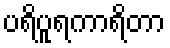
ပရိပူရကာရိတာ